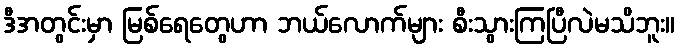
ဒီအတွင်းမှာ မြစ်ရေတွေဟာ ဘယ်လောက်များ စီးသွားကြပြီလဲမသိဘူး။